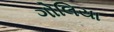
ગોલિયા